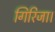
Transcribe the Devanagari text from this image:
गिरिजा।